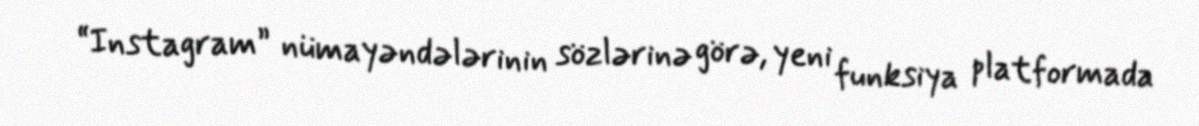
“Instagram” nümayəndələrinin sözlərinə görə, yeni funksiya platformada